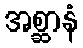
အစ္ဆာနံ